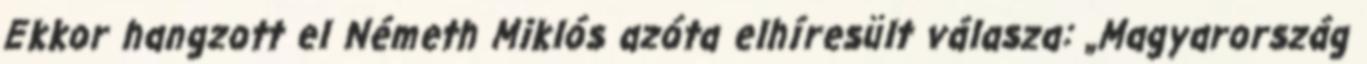
Ekkor hangzott el Németh Miklós azóta elhíresült válasza: „Magyarország